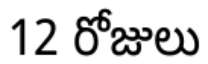
12 రోజులు